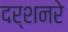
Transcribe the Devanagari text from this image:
दर्शनरे